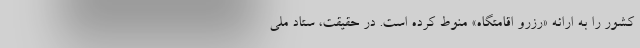
کشور را به ارائه «رزرو اقامتگاه» منوط کرده است. در حقیقت، ستاد ملی